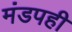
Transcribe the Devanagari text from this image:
मंडपही